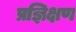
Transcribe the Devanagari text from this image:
प्रज्ञिक्षण